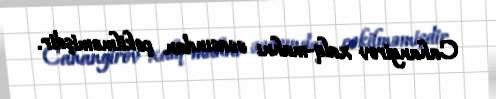
Cahangirov xalq-mahnı əsasından çəkilməmişdir.